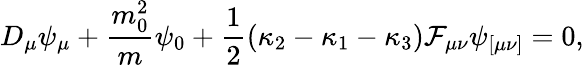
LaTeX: D_{\mu}\psi_{\mu}+\frac{m_{0}^{2}}{m}\psi_{0}+\frac{1}{2}\left(\kappa_{2}-\kappa_{1}-\kappa_{3}\right){\cal F}_{\mu\nu}\psi_{[\mu\nu]}=0,